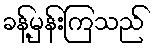
ခန့်မှန်းကြသည်